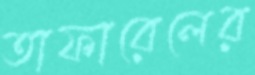
তাফারেলের